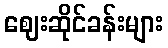
ဈေးဆိုင်ခန်းများ